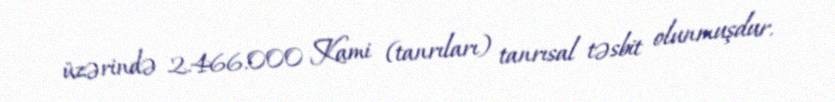
üzərində 2.466.000 Kami (tanrıları) tanrısal təsbit olunmuşdur.